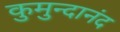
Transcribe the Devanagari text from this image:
कुमुन्दानंद